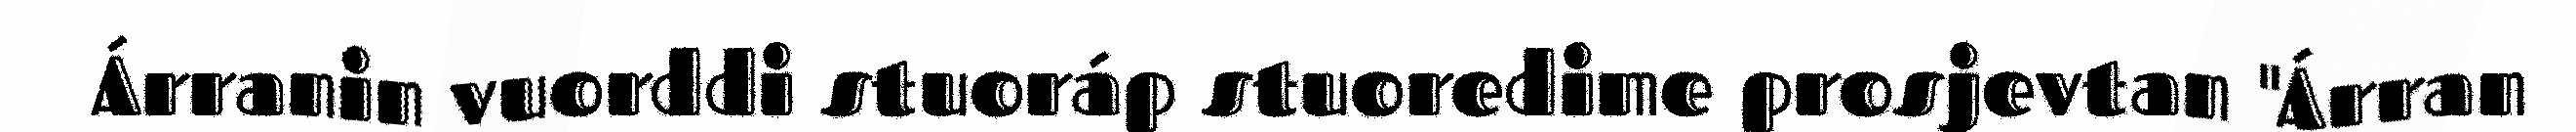
Árranin vuorddi stuoráp stuoredime prosjevtan "Árran